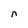
Character: n